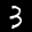
Label: 3